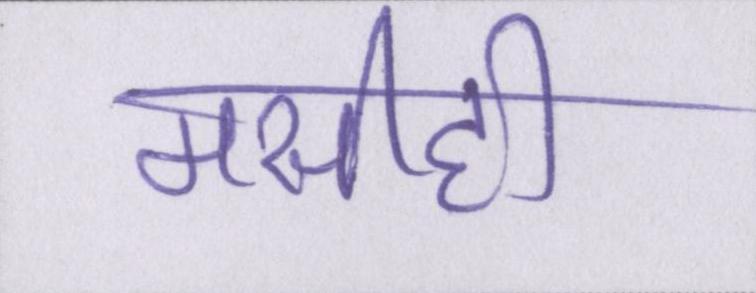
मसीही